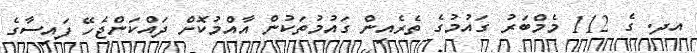
އދ. ގެ 112 މެމްބަރު ގައުމުގެ ތެރެއިން ގައުމުތަކުން އާއްމުކޮށް ދައްކަންޖެހޭ ފައިސާގެ